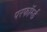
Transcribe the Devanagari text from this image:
परफॉर्म्ड